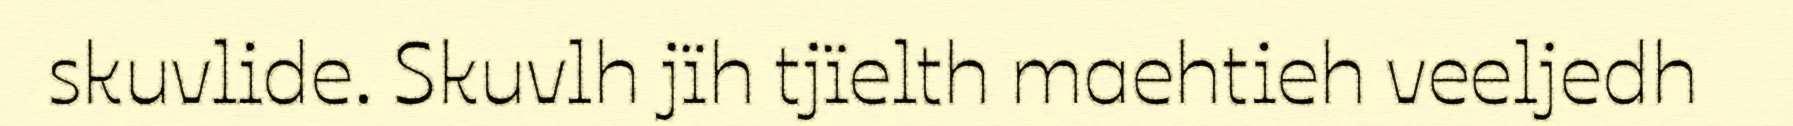
skuvlide. Skuvlh jïh tjïelth maehtieh veeljedh